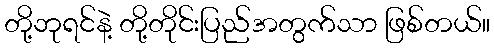
တို့ဘုရင်နဲ့ တို့တိုင်းပြည်အတွက်သာ ဖြစ်တယ်။